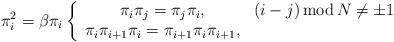
LaTeX: \begin{align*}\pi _{i}^{2}=\beta \pi _{i}\left\{ \begin{array}{cc}\pi _{i}\pi _{j}=\pi _{j}\pi _{i}, & (i-j)\operatorname{mod}N\neq \pm 1 \\ \pi _{i}\pi _{i+1}\pi _{i}=\pi _{i+1}\pi _{i}\pi _{i+1}, & \end{array}\right. \end{align*}